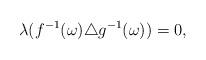
LaTeX: \begin{align*}\lambda(f^{-1}(\omega)\triangle g^{-1}(\omega))=0,\end{align*}